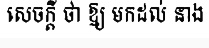
សេចក្តី ថា ឱ្យ មកដល់ នាង